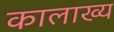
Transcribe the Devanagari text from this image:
कालाख्य